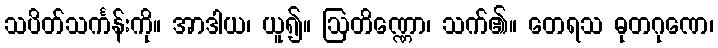
သပိတ်သင်္ကန်းကို။ အာဒါယ၊ ယူ၍။ ဩတိဏ္ဏော၊ သက်၏။ တေရသ ဓုတဂုဏေ၊